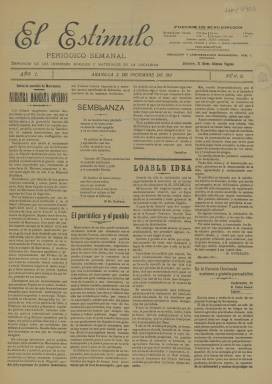
Título: El Estímulo (Abanilla)
Colección: Periódicos
Ámbito geográfico: Murcia
Lugar de publicación: Abanilla [Murcia]
Fechas: 02/12/1911-02/12/1911

Poco es lo que se sabe de este periódico del municipio murciano de Abanilla que llevaba por subtítulo el de ‘Defensor de los intereses morales y materiales de la localidad’. La publicación tenía periodicidad semanal y comenzó a editarse en noviembre de 1911. La Biblioteca Nacional de España solo posee el número correspondiente al 2 de diciembre de ese año, ejemplar de donde se puede obtener alguna información sobre este título.

   El núcleo urbano de Abanilla con sus pedanías contaba en 1911 con unos 7.500 habitantes, por lo que era una localidad con un tamaño de población que podía permitirse contar con un periódico semanal. La actividad agraria era la fundamental y así se refleja en la publicación, donde se hace mención, entre otros productos, a las peretas o peras pequeñas, de gran fama internacional según se afirma en la información de portada que las menciona. Se trata de un artículo en el que se pide la mejora de un camino que sirve de tránsito para la exportación de los productos de Abanilla.

   El Estímulo, por tanto, era un periódico de información y comentarios locales de un pueblo en el que se conocían todos sus vecinos y que incluía noticias sueltas dando cuenta de asuntos como bodas, nacimientos, viajes y otras particularidades relacionadas con los habitantes de Abanilla. El tono de la publicación es conservador, aunque la política no parece ocupar un lugar preferente.

   De solo cuatro páginas, la última estaba dedicada a la publicidad, lo que debía servir para pagar los gastos de composición e imprenta del periódico. Destaca un anuncio del balneario de La Fortuna, municipio colindante con Abanilla.

En el número que posee la BNE hay un artículo en la segunda página titulado ‘Casos y Cosas’ en el que se elogia el buen recibimiento que había tenido el periódico en el pueblo pese al alto grado de analfabetismo de la población. Se afirma que eran analfabetos hasta el 90% de los habitantes, pero que se arremolinaban en grupo para escuchar la lectura de la publicación por algún vecino que sí sabía leer, además de que intentaban leer los artículos vecinos que habían aprendido de niños en la escuela, pero habían dejado luego de hacerlo debido al trabajo. El Estímulo era, como su mismo título indica, un estímulo para que la población se cultivara.

   Figuraba como director del periódico Ginés Atienza Yagües, personaje del que poco se conoce pero que por sus apellidos aparece emparentado con personas de relevancia en Abanilla. El director de la Caja de Ahorros, por ejemplo, se llamaba Ginés Atienza Marco, y en una información del Heraldo de Murcia aparece Julio Atienza Yagües como ex secretario del Ayuntamiento de Abanilla y Ginés Atienza Navarro como ex alcalde. Estos dos últimos, junto con otras personalidades de la provincia de Murcia, figuran expresando su apoyo al duque de Tetuán como sucesor de Cánovas del Castillo en el Partido Conservador.

[Descripción publicada el 15/02/2023]